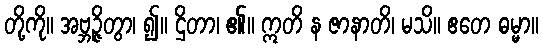
တို့ကို။ အဗ္ဘဉ္ဇိတွာ၊ ၍။ ဌိတာ၊ ၏။ ဣတိ န ဇာနာတိ၊ မသိ။ ဧတေ ဓမ္မာ။